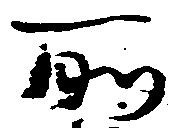
所